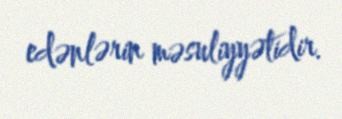
edənlərin məsuliyyətidir.